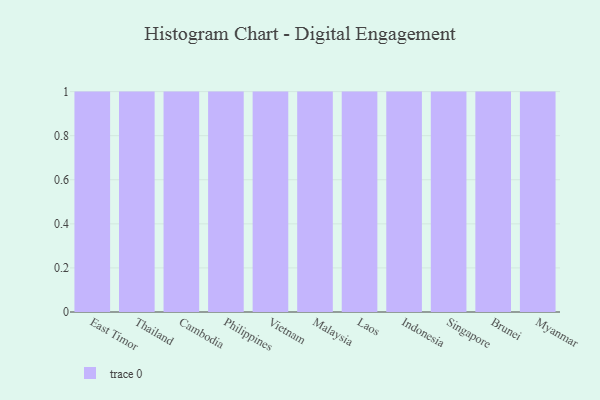
{"axis": {"x": "Country", "y": "Operating Costs (USD K)"}, "legend": [""], "data": [{"x": "East Timor", "y": 43, "type": ""}, {"x": "Thailand", "y": 65, "type": ""}, {"x": "Cambodia", "y": 15, "type": ""}, {"x": "Philippines", "y": 34, "type": ""}, {"x": "Vietnam", "y": 17, "type": ""}, {"x": "Malaysia", "y": 41, "type": ""}, {"x": "Laos", "y": 88, "type": ""}, {"x": "Indonesia", "y": 86, "type": ""}, {"x": "Singapore", "y": 25, "type": ""}, {"x": "Brunei", "y": 8, "type": ""}, {"x": "Myanmar", "y": 27, "type": ""}]}